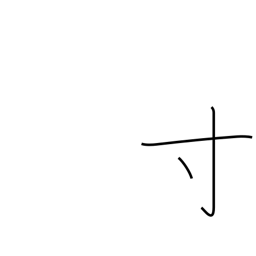
Meaning: a little